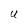
Character: U